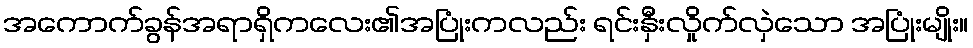
အကောက်ခွန်အရာရှိကလေး၏အပြုံးကလည်း ရင်းနှီးလှိုက်လှဲသော အပြုံးမျိုး။